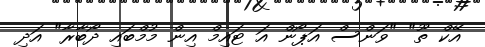
އޭކް ތޫ" "ވަންސް އަޕޯން އަ ޓައިމް އިން މުމްބައި ދޯބާރާ" އަދި